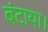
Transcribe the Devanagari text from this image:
बंटाया।